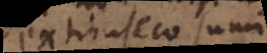
extrinseco sumi